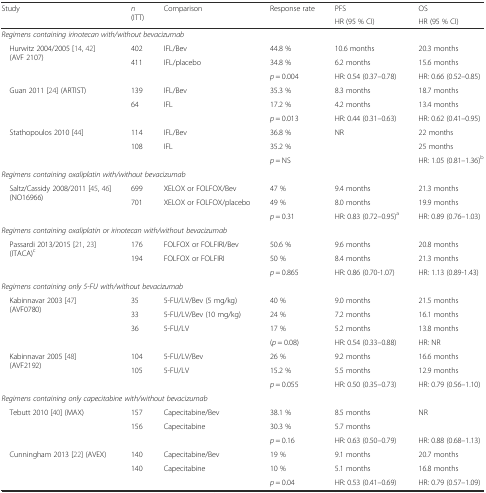
<table><thead><tr><td rowspan="2"><b>Study</b></td><td rowspan="2"><b><i>n</i> (ITT)</b></td><td rowspan="2"><b>Comparison</b></td><td rowspan="2"><b>Response rate</b></td><td><b>PFS</b></td><td><b>OS</b></td></tr><tr><td><b>HR (95 % CI)</b></td><td><b>HR (95 % CI)</b></td></tr></thead><tbody><tr><td colspan="6"><i>Regimens containing irinotecan with/without bevacizumab</i></td></tr><tr><td rowspan="3"> Hurwitz 2004/2005 [14, 42] (AVF 2107)</td><td>402</td><td>IFL/Bev</td><td>44.8 %</td><td>10.6 months</td><td>20.3 months</td></tr><tr><td rowspan="2">411</td><td rowspan="2">IFL/placebo</td><td>34.8 %</td><td>6.2 months</td><td>15.6 months</td></tr><tr><td><i>p</i> = 0.004</td><td>HR: 0.54 (0.37–0.78)</td><td>HR: 0.66 (0.52–0.85)</td></tr><tr><td rowspan="3"> Guan 2011 [24] (ARTIST)</td><td>139</td><td>IFL/Bev</td><td>35.3 %</td><td>8.3 months</td><td>18.7 months</td></tr><tr><td rowspan="2">64</td><td rowspan="2">IFL</td><td>17.2 %</td><td>4.2 months</td><td>13.4 months</td></tr><tr><td><i>p</i> = 0.013</td><td>HR: 0.44 (0.31–0.63)</td><td>HR: 0.62 (0.41–0.95)</td></tr><tr><td rowspan="3"> Stathopoulos 2010 [44]</td><td>114</td><td>IFL/Bev</td><td>36.8 %</td><td rowspan="3">NR</td><td>22 months</td></tr><tr><td rowspan="2">108</td><td rowspan="2">IFL</td><td>35.2 %</td><td>25 months</td></tr><tr><td><i>p</i> = NS</td><td>HR: 1.05 (0.81–1.36)<sup>b</sup></td></tr><tr><td colspan="6"><i>Regimens containing oxaliplatin with/without bevacizumab</i></td></tr><tr><td rowspan="3"> Saltz/Cassidy 2008/2011 [45, 46] (NO16966)</td><td>699</td><td>XELOX or FOLFOX/Bev</td><td>47 %</td><td>9.4 months</td><td>21.3 months</td></tr><tr><td rowspan="2">701</td><td rowspan="2">XELOX or FOLFOX/placebo</td><td>49 %</td><td>8.0 months</td><td>19.9 months</td></tr><tr><td><i>p</i> = 0.31</td><td>HR: 0.83 (0.72–0.95)<sup>a</sup></td><td>HR: 0.89 (0.76–1.03)</td></tr><tr><td colspan="6"><i>Regimens containing oxaliplatin or irinotecan with/without bevacizumab</i></td></tr><tr><td rowspan="3"> Passardi 2013/2015 [21, 23] (ITACA)<sup>c</sup></td><td>176</td><td>FOLFOX or FOLFIRI/Bev</td><td>50.6 %</td><td>9.6 months</td><td>20.8 months</td></tr><tr><td rowspan="2">194</td><td rowspan="2">FOLFOX or FOLFIRI</td><td>50 %</td><td>8.4 months</td><td>21.3 months</td></tr><tr><td><i>p</i> = 0.865</td><td>HR: 0.86 (0.70-1.07)</td><td>HR: 1.13 (0.89-1.43)</td></tr><tr><td colspan="6"><i>Regimens containing only 5-FU with/without bevacizumab</i></td></tr><tr><td rowspan="4"> Kabinnavar 2003 [47] (AVF0780)</td><td>35</td><td>5-FU/LV/Bev (5 mg/kg)</td><td>40 %</td><td>9.0 months</td><td>21.5 months</td></tr><tr><td>33</td><td>5-FU/LV/Bev (10 mg/kg)</td><td>24 %</td><td>7.2 months</td><td>16.1 months</td></tr><tr><td rowspan="2">36</td><td rowspan="2">5-FU/LV</td><td>17 %</td><td>5.2 months</td><td>13.8 months</td></tr><tr><td>(<i>p</i> = 0.08)</td><td>HR: 0.54 (0.33–0.88)</td><td>HR: NR</td></tr><tr><td rowspan="3"> Kabinnavar 2005 [48] (AVF2192)</td><td>104</td><td>5-FU/LV/Bev</td><td>26 %</td><td>9.2 months</td><td>16.6 months</td></tr><tr><td rowspan="2">105</td><td rowspan="2">5-FU/LV</td><td>15.2 %</td><td>5.5 months</td><td>12.9 months</td></tr><tr><td><i>p</i> = 0.055</td><td>HR: 0.50 (0.35–0.73)</td><td>HR: 0.79 (0.56–1.10)</td></tr><tr><td colspan="6"><i>Regimens containing only capecitabine with/without bevacizumab</i></td></tr><tr><td rowspan="3"> Tebutt 2010 [40] (MAX)</td><td>157</td><td>Capecitabine/Bev</td><td>38.1 %</td><td>8.5 months</td><td rowspan="2">NR</td></tr><tr><td rowspan="2">156</td><td rowspan="2">Capecitabine</td><td>30.3 %</td><td>5.7 months</td></tr><tr><td><i>p</i> = 0.16</td><td>HR: 0.63 (0.50–0.79)</td><td>HR: 0.88 (0.68–1.13)</td></tr><tr><td rowspan="3"> Cunningham 2013 [22] (AVEX)</td><td>140</td><td>Capecitabine/Bev</td><td>19 %</td><td>9.1 months</td><td>20.7 months</td></tr><tr><td rowspan="2">140</td><td rowspan="2">Capecitabine</td><td>10 %</td><td>5.1 months</td><td>16.8 months</td></tr><tr><td><i>p</i> = 0.04</td><td>HR: 0.53 (0.41–0.69)</td><td>HR: 0.79 (0.57–1.09)</td></tr></tbody></table>